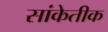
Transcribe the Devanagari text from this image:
सांकेतीक